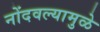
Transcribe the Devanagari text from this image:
नोंदवल्यामुळे